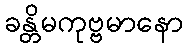
ခန္တိမကုဗ္ဗမာနော